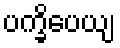
ပက္ခိပေယျ